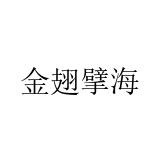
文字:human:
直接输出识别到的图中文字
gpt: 金翅擘海